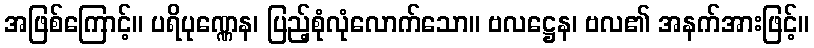
အဖြစ်ကြောင့်။ ပရိပုဏ္ဏေန၊ ပြည့်စုံလုံလောက်သော။ ဗလဋ္ဌေန၊ ဗလ၏ အနက်အားဖြင့်။